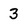
Character: 3